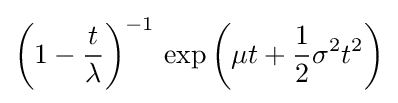
\left(1-{\frac {t}{\lambda }}\right)^{-1}\,\exp \left(\mu t+{\frac {1}{2}}\sigma ^{2}t^{2}\right)